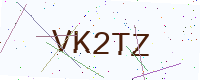
Text: VK2TZ